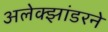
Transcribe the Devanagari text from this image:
अलेक्झांडरने